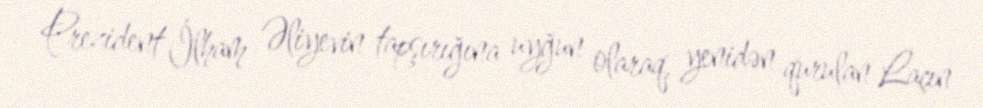
Prezident İlham Əliyevin tapşırığına uyğun olaraq, yenidən qurulan Laçın